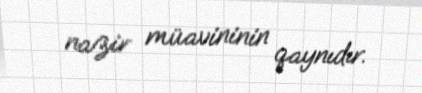
nazir müavininin qaynıdır.